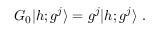
G _ { 0 } \vert h ; g ^ { j } \rangle = g ^ { j } \vert h ; g ^ { j } \rangle { } ~ .